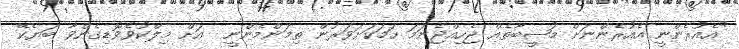
"އެއުރެންނީ އެއުރެންނަށް މުޞީބާތެއް ޖެހިއްޖެނަމަ ހަމަކަށަވަރުން ތިމަންމެންނީ  އަށް މިލްކުވެވޮޑިގެންވާ ބަޔެކޭ